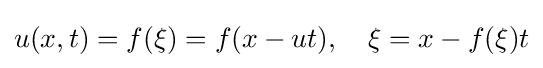
u(x,t)=f(\xi )=f(x-ut),\quad \xi =x-f(\xi )t